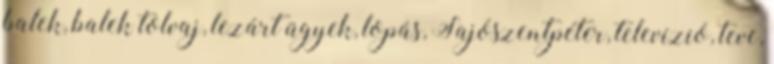
balek, balek tolvaj, lezárt ügyek, lopás, Sajószentpéter, televízió, teve,